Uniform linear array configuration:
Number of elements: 32
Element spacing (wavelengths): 1
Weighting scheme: cosine
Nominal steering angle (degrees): -30
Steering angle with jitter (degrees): -30.233
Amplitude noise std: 0.05
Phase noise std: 0.05

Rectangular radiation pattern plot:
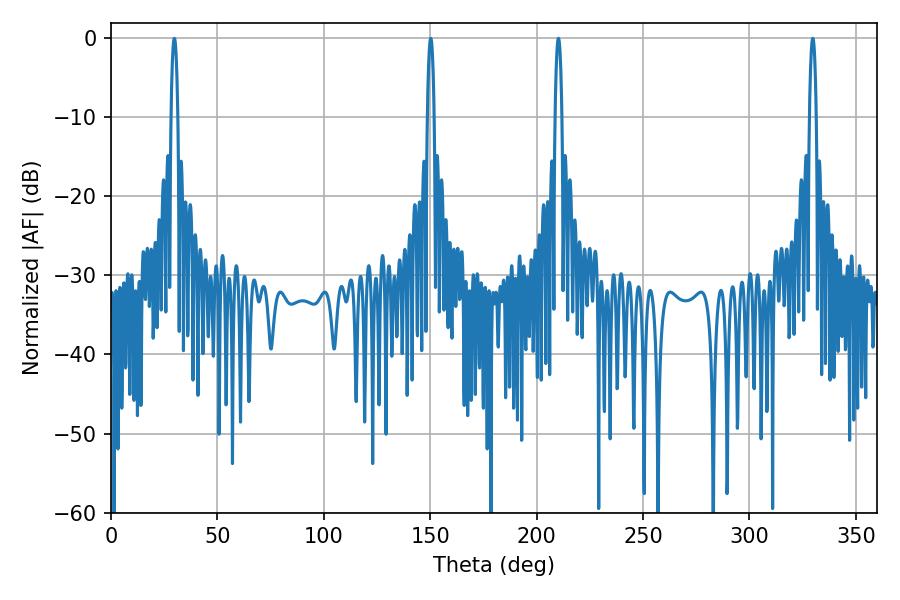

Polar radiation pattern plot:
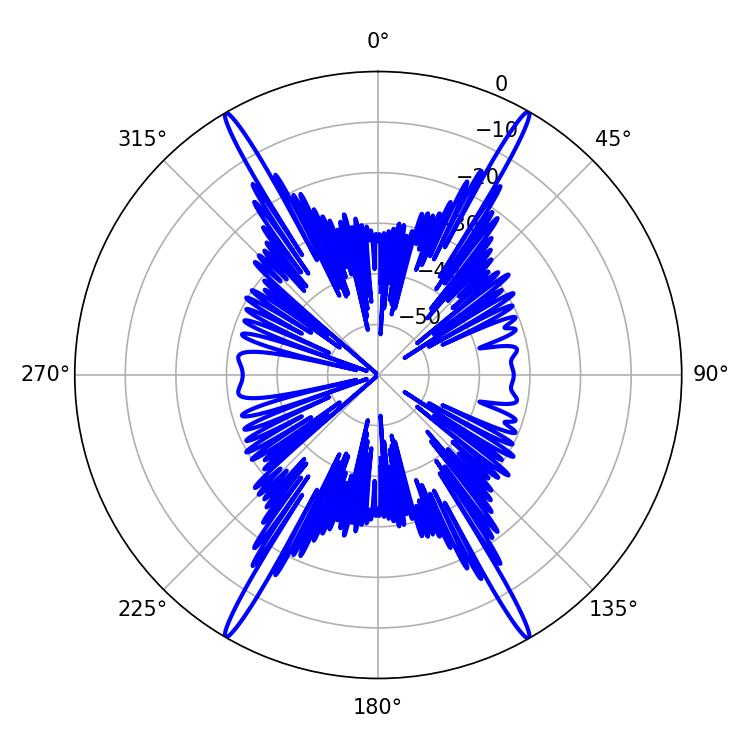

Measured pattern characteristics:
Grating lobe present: TRUE
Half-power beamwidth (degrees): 1.8
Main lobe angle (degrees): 210.24